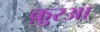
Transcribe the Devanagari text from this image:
क़ु़रआ